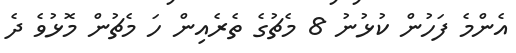
އެންމެ ފަހުން ކުޅުނު 8 މެޗުގެ ތެރެއިން ހަ މެޗުން މޮޅުވެ ދެ